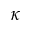
\kappa